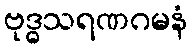
ဗုဒ္ဓသရဏဂမနံ